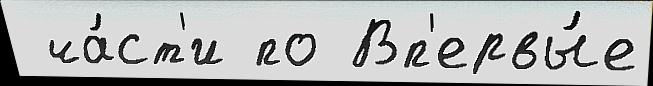
 ча́ст'и по Вп'ервы́е